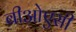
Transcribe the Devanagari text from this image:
बीओएसी